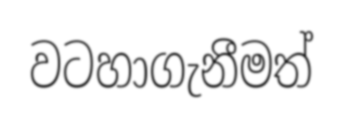
වටහාගැනීමත්